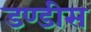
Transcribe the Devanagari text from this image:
डण्डीस